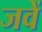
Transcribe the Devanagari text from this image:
जवें